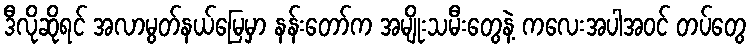
ဒီလိုဆိုရင် အလာမွတ်နယ်မြေမှာ နန်းတော်က အမျိုးသမီးတွေနဲ့ ကလေးအပါအဝင် တပ်တွေ